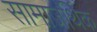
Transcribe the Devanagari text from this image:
सामाजर्थिक